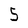
Character: 5